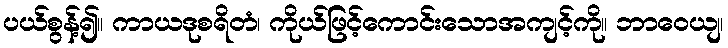
ပယ်စွန့်၍။ ကာယဒုစရိတံ၊ ကိုယ်ဖြင့်ကောင်းသောအကျင့်ကို။ ဘာဝေယျ၊